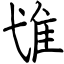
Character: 隿